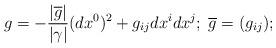
LaTeX: \begin{align*} g=-\frac{|\overline{g}|}{|\gamma|}(dx^0)^2+g_{ij}dx^idx^j;\;\overline{g}=(g_{ij}); \end{align*}